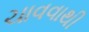
ચાવવાથી